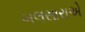
બલસારાએ